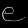
Digit: ၉